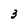
Character: 3